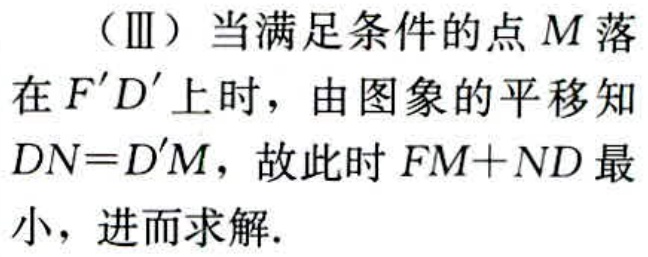
（Ⅲ）当满足条件的点\(M\)落在\(F^{\prime}D^{\prime}\)上时，由图象的平移知\(DN = D^{\prime}M\)，故此时\(FM + ND\)最小，进而求解.